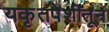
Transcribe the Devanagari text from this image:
यकृतपेशींतून